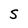
Character: S